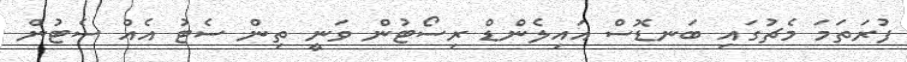
ފުރަތަމަ މެޗުގައި ބަނޑޮސް އައިލެންޑް ރިސޯޓުން ވަނީ ތިން ސެޓު އެއް ސެޓުން